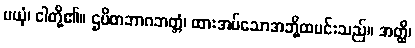
မယှံ၊ ငါတို့၏။ ဌပိတဘာဂဘတ္တံ၊ ထားအပ်သောအဘို့ထမင်းသည်။ အတ္ထိ၊